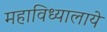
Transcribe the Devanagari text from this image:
महाविध्यालाये